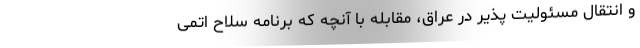
و انتقال مسئولیت پذیر در عراق، مقابله با آنچه که برنامه سلاح اتمی